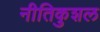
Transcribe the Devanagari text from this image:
नीतिकुशल